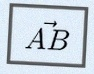
\vec{AB}